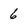
Character: 6